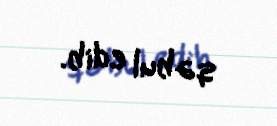
qəbul edib.